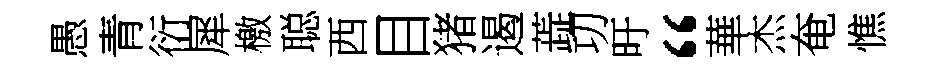
愚青衍犀檄聪西目猪遏蕋㓛旴“華杰奄憔